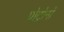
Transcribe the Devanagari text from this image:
प्रोट्रोनों